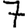
Digit: 7